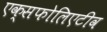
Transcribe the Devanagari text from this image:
एक्सफोलिएटीव